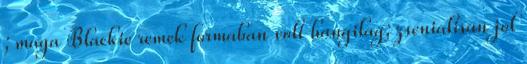
; maga Blackie remek formaban volt hangilag; zsenialisan jol